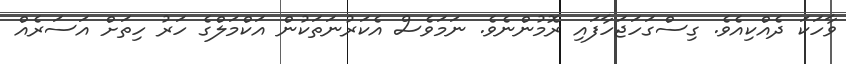
ވާހަކަ ދެއްކިއެވެ. ގިސްގަހަޖަހާފައި ރޮމުންނެވެ. ނަމަވެސް އެކަރުނަތަކުން އަކްމަލްގެ ހަރު ހިތަށް އަސަރެއް